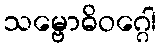
သမ္ဗောဓိဝဂ္ဂေါ